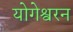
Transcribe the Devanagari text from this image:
योगेश्वरन